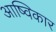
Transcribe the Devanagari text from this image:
आष्विकार